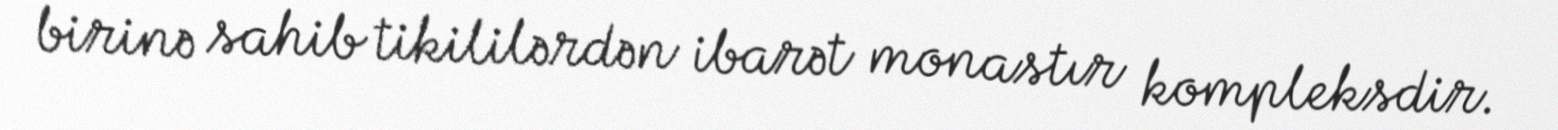
birinə sahib tikililərdən ibarət monastır kompleksdir.